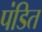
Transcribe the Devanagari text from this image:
पंडित